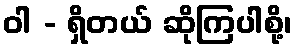
ဝါ - ရှိတယ် ဆိုကြပါစို့၊